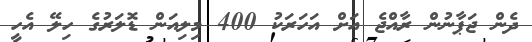
ދެން ޖަޕާނުން ރާއްޖެ އަށް އަހަރަކު 400 މިލިއަން ޑޮލަރުގެ ހިލޭ އެހީ